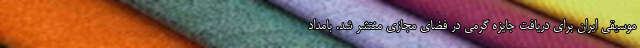
موسیقی ایران برای دریافت جایزه گرمی در فضای مجازی منتشر شد. بامداد